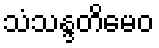
သံသန္ဒတိမေဝ